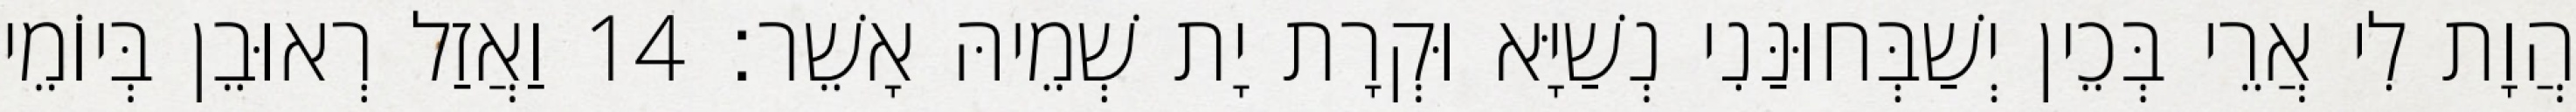
הֲוָת לִי אֲרֵי בְּכֵין יְשַׁבְּחוּנַּנִי נְשַׁיָּא וּקְרָת יָת שְׁמֵיהּ אָשֵׁר׃ 14 וַאֲזַל רְאוּבֵן בְּיוֹמֵי